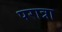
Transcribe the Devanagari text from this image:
परात्रा